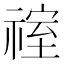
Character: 𮵞